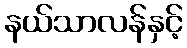
နယ်သာလန်နှင့်